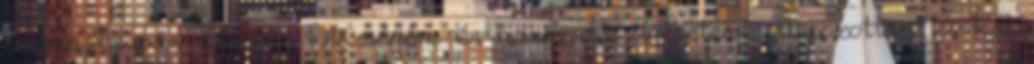
Obama csupán szónoki készségére és hangzatos ígéreteire alapozottan 2%-kal